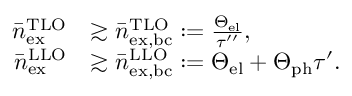
\begin{array} { r l } { \bar { n } _ { \mathrm { e x } } ^ { \mathrm { T L O } } } & { \gtrsim \bar { n } _ { \mathrm { e x , b c } } ^ { \mathrm { T L O } } : = \frac { \Theta _ { \mathrm { e l } } } { \tau ^ { \prime \prime } } , } \\ { \bar { n } _ { \mathrm { e x } } ^ { \mathrm { L L O } } } & { \gtrsim \bar { n } _ { \mathrm { e x , b c } } ^ { \mathrm { L L O } } : = \Theta _ { \mathrm { e l } } + \Theta _ { \mathrm { p h } } \tau ^ { \prime } . } \end{array}